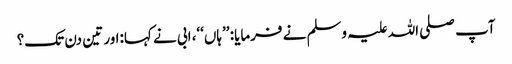
آپ صلی اللہ علیہ وسلم نے فرمایا: ’’ہاں‘‘، ابی نے کہا:اور تین دن تک؟